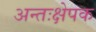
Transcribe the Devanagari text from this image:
अन्तःक्षेपक